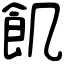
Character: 飢